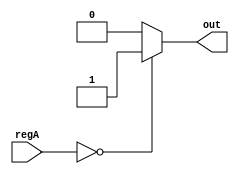
// Andrew Doucet
// Spencer Dugas

// Zero bit handler
module zero(regA,out);

    // I/O
    input [15:0]regA;
    output reg out;

    //Update the zero bit
    always @(regA)
        if(regA==0)
            out = 1;
        else
            out = 0;
endmodule